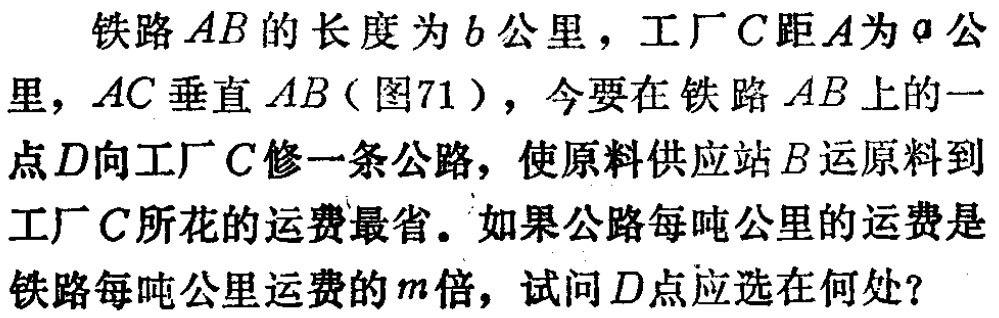
铁路\(AB\)的长度为\(b\)公里，工厂\(C\)距\(A\)为\(a\)公里，\(AC\)垂直\(AB\)（图71），今要在铁路\(AB\)上的一点\(D\)向工厂\(C\)修一条公路，使原料供应站\(B\)运原料到工厂\(C\)所花的运费最省。如果公路每吨公里的运费是铁路每吨公里运费的\(m\)倍，试问\(D\)点应选在何处？